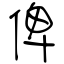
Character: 俾